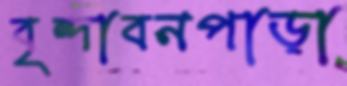
বৃন্দাবনপাড়া